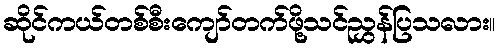
ဆိုင်ကယ်တစ်စီးကျော်တက်ဖို့သင်ညွှန်ပြသလား။